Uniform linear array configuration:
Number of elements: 4
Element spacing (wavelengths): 1
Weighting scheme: kaiser
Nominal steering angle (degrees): -60
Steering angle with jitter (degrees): -58.952
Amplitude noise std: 0.05
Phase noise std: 0.05

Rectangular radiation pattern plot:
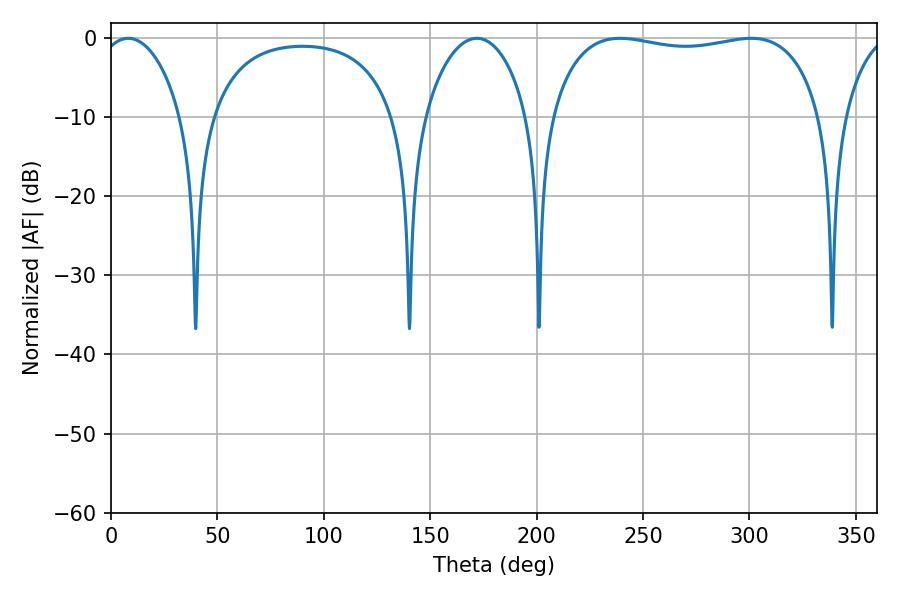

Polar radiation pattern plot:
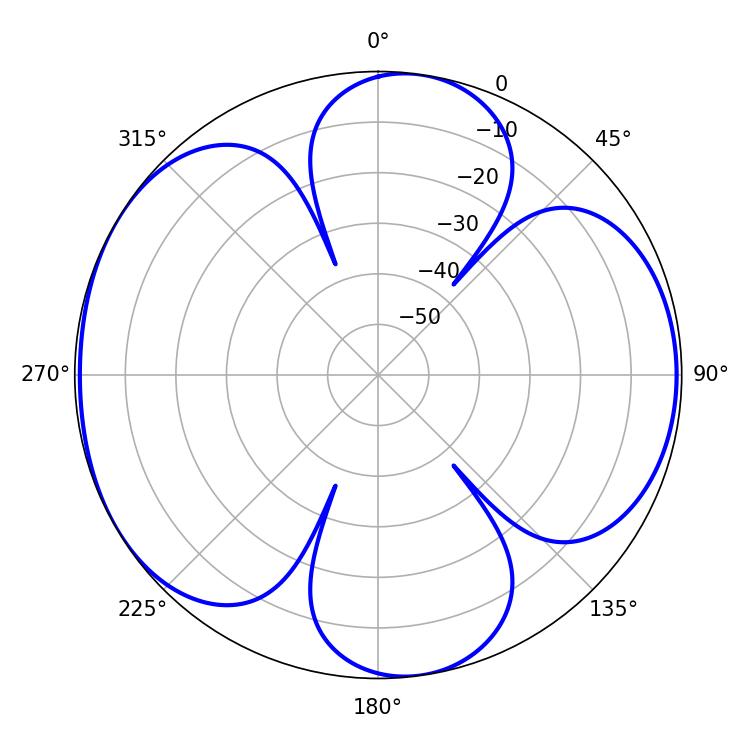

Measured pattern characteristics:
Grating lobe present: TRUE
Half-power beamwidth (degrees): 102.96
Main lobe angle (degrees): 239.22